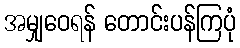
အမျှဝေရန် တောင်းပန်ကြပုံ